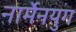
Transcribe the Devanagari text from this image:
नार्मेनयुग